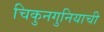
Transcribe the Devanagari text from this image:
चिकुनगुनियाची